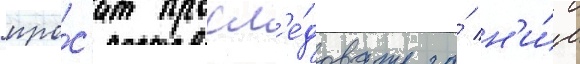
про́с'ит просл'е́довать за́ н'и́м